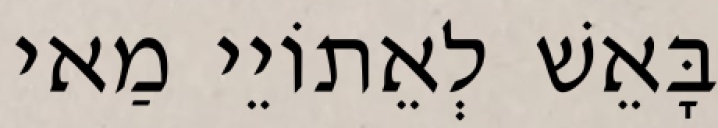
בָּאֵשׁ לְאֵתוֹיֵי מַאי